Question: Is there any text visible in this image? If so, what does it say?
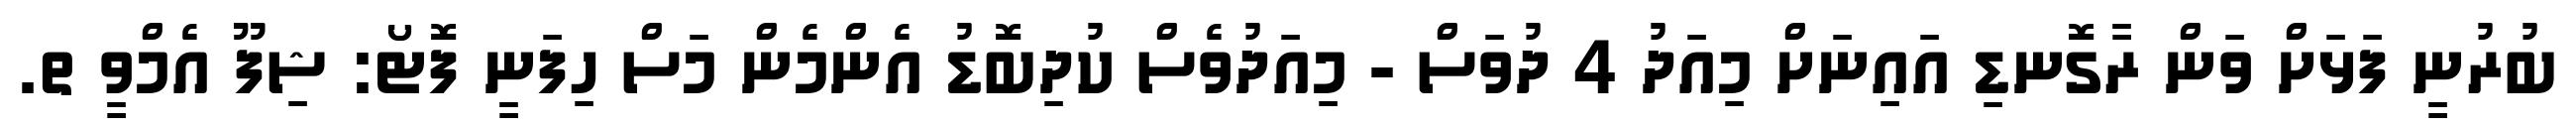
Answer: ބުރުނީ ފަޅަށް ވަން ރާގޮނޑި އައިނަށް މިއަދު 4 ދުވަސް - މިއަދުވެސް ކުދިބޮޑު އެންމެން މަސް ހިފަނީ ފޮޓޯ: ޝިފޫ އެމްވީ ތ.